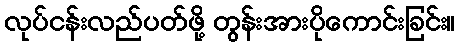
လုပ်ငန်းလည်ပတ်ဖို့ တွန်းအားပိုကောင်းခြင်း။